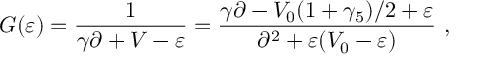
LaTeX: G ( \varepsilon ) = \frac { 1 } { \gamma \partial + V - \varepsilon } = \frac { \gamma \partial - V _ { 0 } ( 1 + \gamma _ { 5 } ) / 2 + \varepsilon } { \partial ^ { 2 } + \varepsilon ( V _ { 0 } - \varepsilon ) } ~ ,